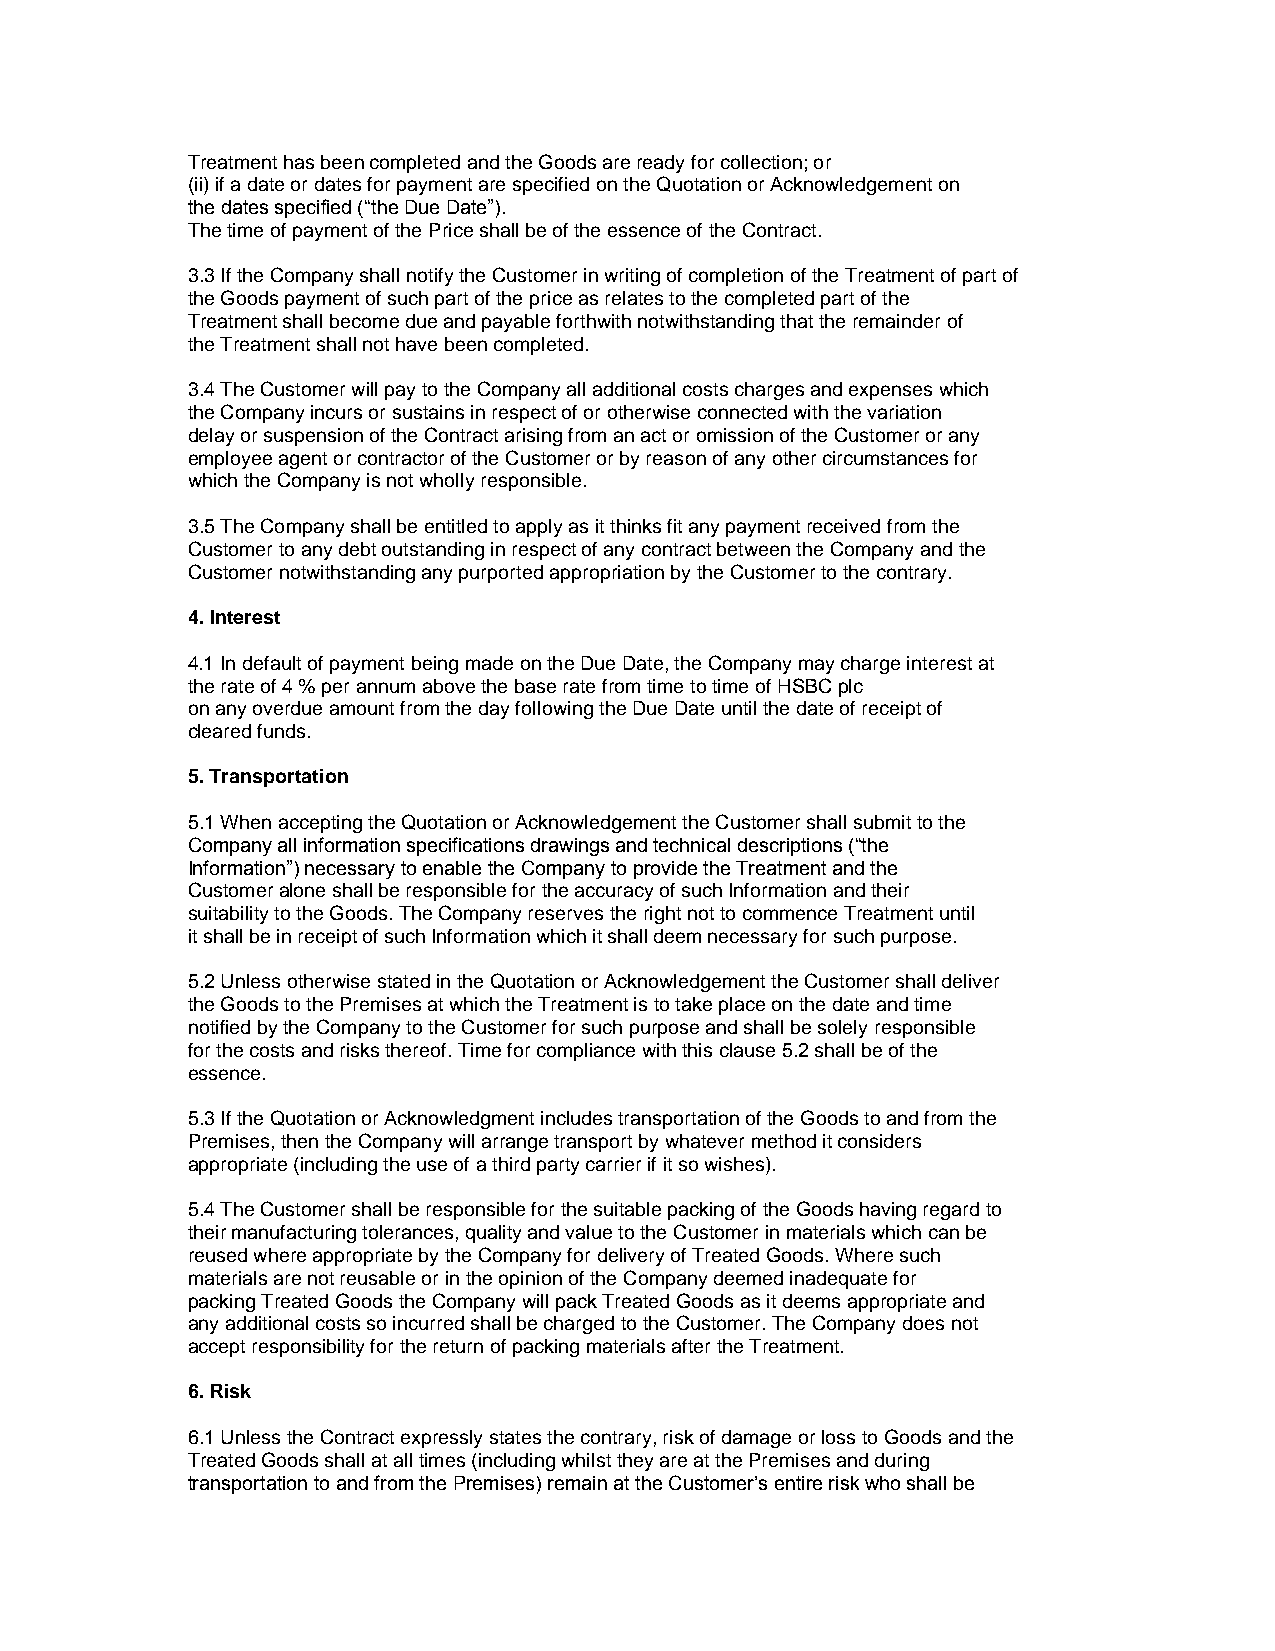
Treatment has been completed and the Goods are ready for collection; or
 (ii) if a date or dates for payment are specified on the Quotation or Acknowledgement on
 the dates specified (“the Due Date”).
 The time of payment of the Price shall be of the essence of the Contract.
 3.3 If the Company shall notify the Customer in writing of completion of the Treatment of part of
 the Goods payment of such part of the price as relates to the completed part of the
 Treatment shall become due and payable forthwith notwithstanding that the remainder of
 the Treatment shall not have been completed.
 3.4 The Customer will pay to the Company all additional costs charges and expenses which
 the Company incurs or sustains in respect of or otherwise connected with the variation
 delay or suspension of the Contract arising from an act or omission of the Customer or any
 employee agent or contractor of the Customer or by reason of any other circumstances for
 which the Company is not wholly responsible.
 3.5 The Company shall be entitled to apply as it thinks fit any payment received from the
 Customer to any debt outstanding in respect of any contract between the Company and the
 Customer notwithstanding any purported appropriation by the Customer to the contrary.
 4. Interest
 4.1 In default of payment being made on the Due Date, the Company may charge interest at
 the rate of 4 % per annum above the base rate from time to time of HSBC plc
 on any overdue amount from the day following the Due Date until the date of receipt of
 cleared funds.
 5. Transportation
 5.1 When accepting the Quotation or Acknowledgement the Customer shall submit to the
 Company all information specifications drawings and technical descriptions (“the
 Information”) necessary to enable the Company to provide the Treatment and the
 Customer alone shall be responsible for the accuracy of such Information and their
 suitability to the Goods. The Company reserves the right not to commence Treatment until
 it shall be in receipt of such Information which it shall deem necessary for such purpose.
 5.2 Unless otherwise stated in the Quotation or Acknowledgement the Customer shall deliver
 the Goods to the Premises at which the Treatment is to take place on the date and time
 notified by the Company to the Customer for such purpose and shall be solely responsible
 for the costs and risks thereof. Time for compliance with this clause 5.2 shall be of the
 essence.
 5.3 If the Quotation or Acknowledgment includes transportation of the Goods to and from the
 Premises, then the Company will arrange transport by whatever method it considers
 appropriate (including the use of a third party carrier if it so wishes).
 5.4 The Customer shall be responsible for the suitable packing of the Goods having regard to
 their manufacturing tolerances, quality and value to the Customer in materials which can be
 reused where appropriate by the Company for delivery of Treated Goods. Where such
 materials are not reusable or in the opinion of the Company deemed inadequate for
 packing Treated Goods the Company will pack Treated Goods as it deems appropriate and
 any additional costs so incurred shall be charged to the Customer. The Company does not
 accept responsibility for the return of packing materials after the Treatment.
 6. Risk
 6.1 Unless the Contract expressly states the contrary, risk of damage or loss to Goods and the
 Treated Goods shall at all times (including whilst they are at the Premises and during
 transportation to and from the Premises) remain at the Customer’s entire risk who shall be